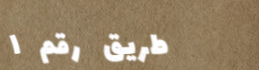
طريق رقم ١